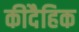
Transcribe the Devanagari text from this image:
कीदैहिक